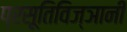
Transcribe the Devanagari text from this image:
प्रसूतिविज्ञानी